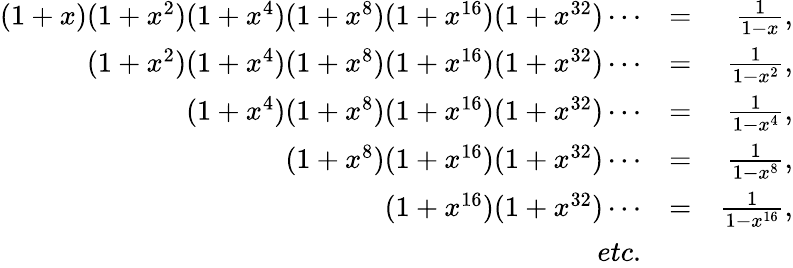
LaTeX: \begin{array}{rlr}{(1+x)(1+x^{2})(1+x^{4})(1+x^{8})(1+x^{16})(1+x^{32})\cdots}&{=}&{\frac{1}{1-x},}\\ {(1+x^{2})(1+x^{4})(1+x^{8})(1+x^{16})(1+x^{32})\cdots}&{=}&{\frac{1}{1-x^{2}},}\\ {(1+x^{4})(1+x^{8})(1+x^{16})(1+x^{32})\cdots}&{=}&{\frac{1}{1-x^{4}},}\\ {(1+x^{8})(1+x^{16})(1+x^{32})\cdots}&{=}&{\frac{1}{1-x^{8}},}\\ {(1+x^{16})(1+x^{32})\cdots}&{=}&{\frac{1}{1-x^{16}},}\\ {etc.}\end{array}